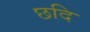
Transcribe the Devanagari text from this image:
छदि